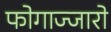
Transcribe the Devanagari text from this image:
फोगाज्जारो